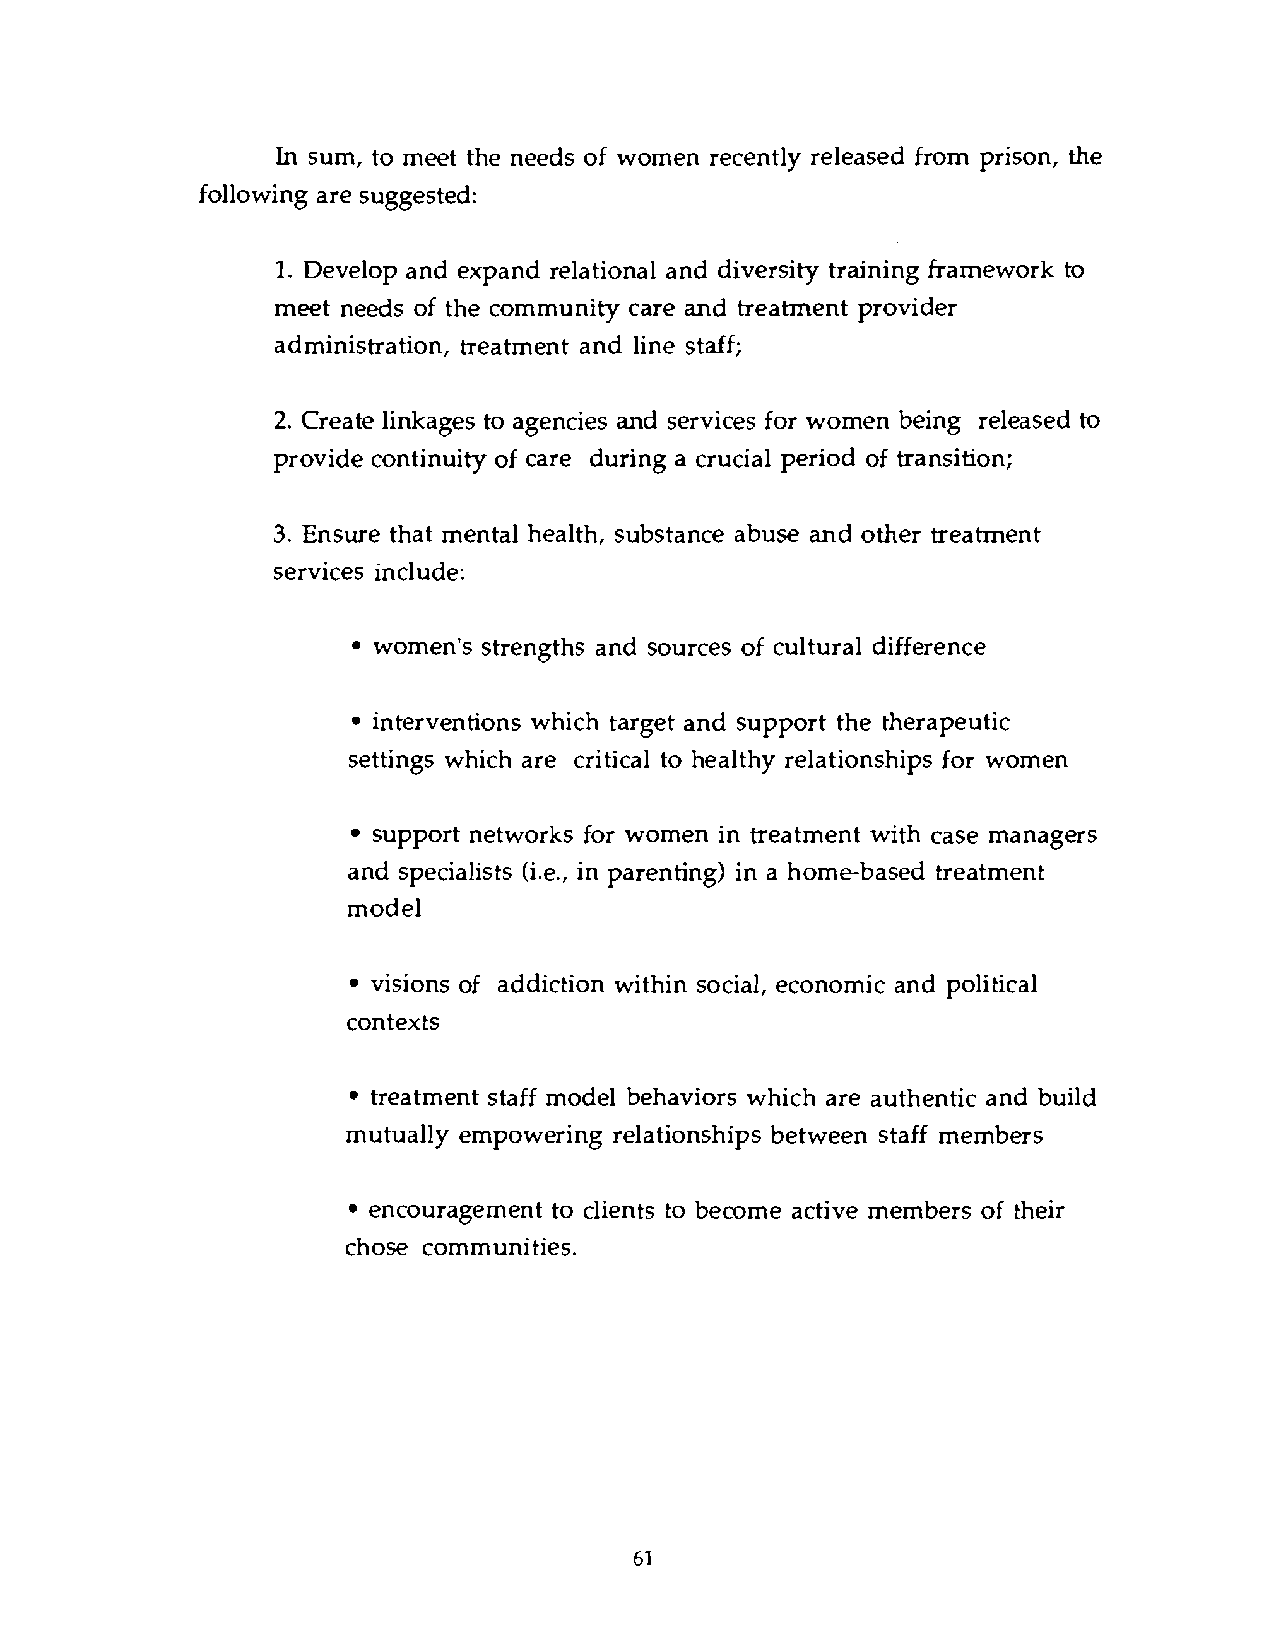
In sum, to meet the needs of women recently released from prison, the
 following are suggested:
 1. Develop and expand relational and diversity training framework to
 meet needs of the community care and treatment provider
 administration, treatment and line staff;
 2. Create linkages to agencies and services for women being released to
 provide continuity of care during a crucial period of transition;
 3. Ensure that mental health, substance abuse and other treatment
 services include:
 women's strengths and sources of cultural difference
 interventions which target and support the therapeutic
 settings which are critical to healthy relationships for women
 support networks for women in treatment with case managers
 and specialists (i.e., in parenting) in a home-based treatment
 model
 visions of addiction within social, economic and political
 contexts
 treatment staff model behaviors which are authentic and build
 mutually empowering relationships between staff members
 encouragement to clients to become active members of their
 chose communities.